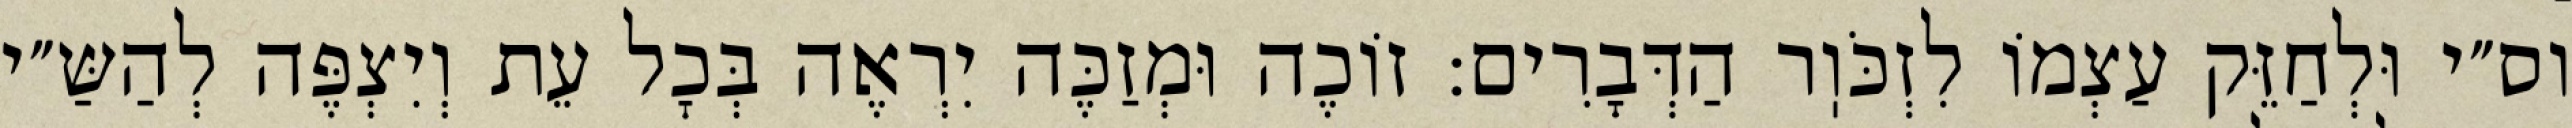
וס״י וּלְחַזֵּק עַצְמוֹ לִזְכֹּוֽר הַדְּבָרִים: זוֹכֶה וּמְזַכֶּה יִרְאֶה בְּכׇל עֵת וְיִצְפֶּה לְהַשַּ״י